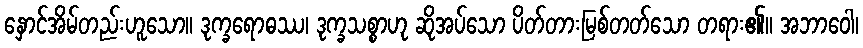
နှောင်အိမ်တည်းဟူသော။ ဒုက္ခရောဓဿ၊ ဒုက္ခသစ္စာဟု ဆိုအပ်သော ပိတ်တားမြစ်တတ်သော တရား၏။ အဘာဝေါ၊